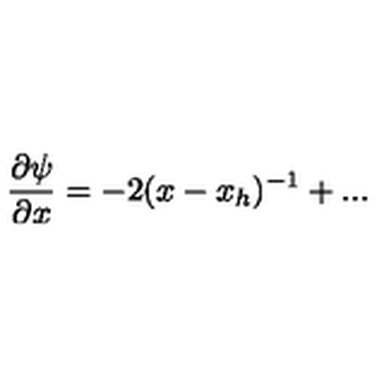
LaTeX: \frac { \partial \psi } { \partial x } = - 2 ( x - x _ { h } ) ^ { - 1 } + . . .